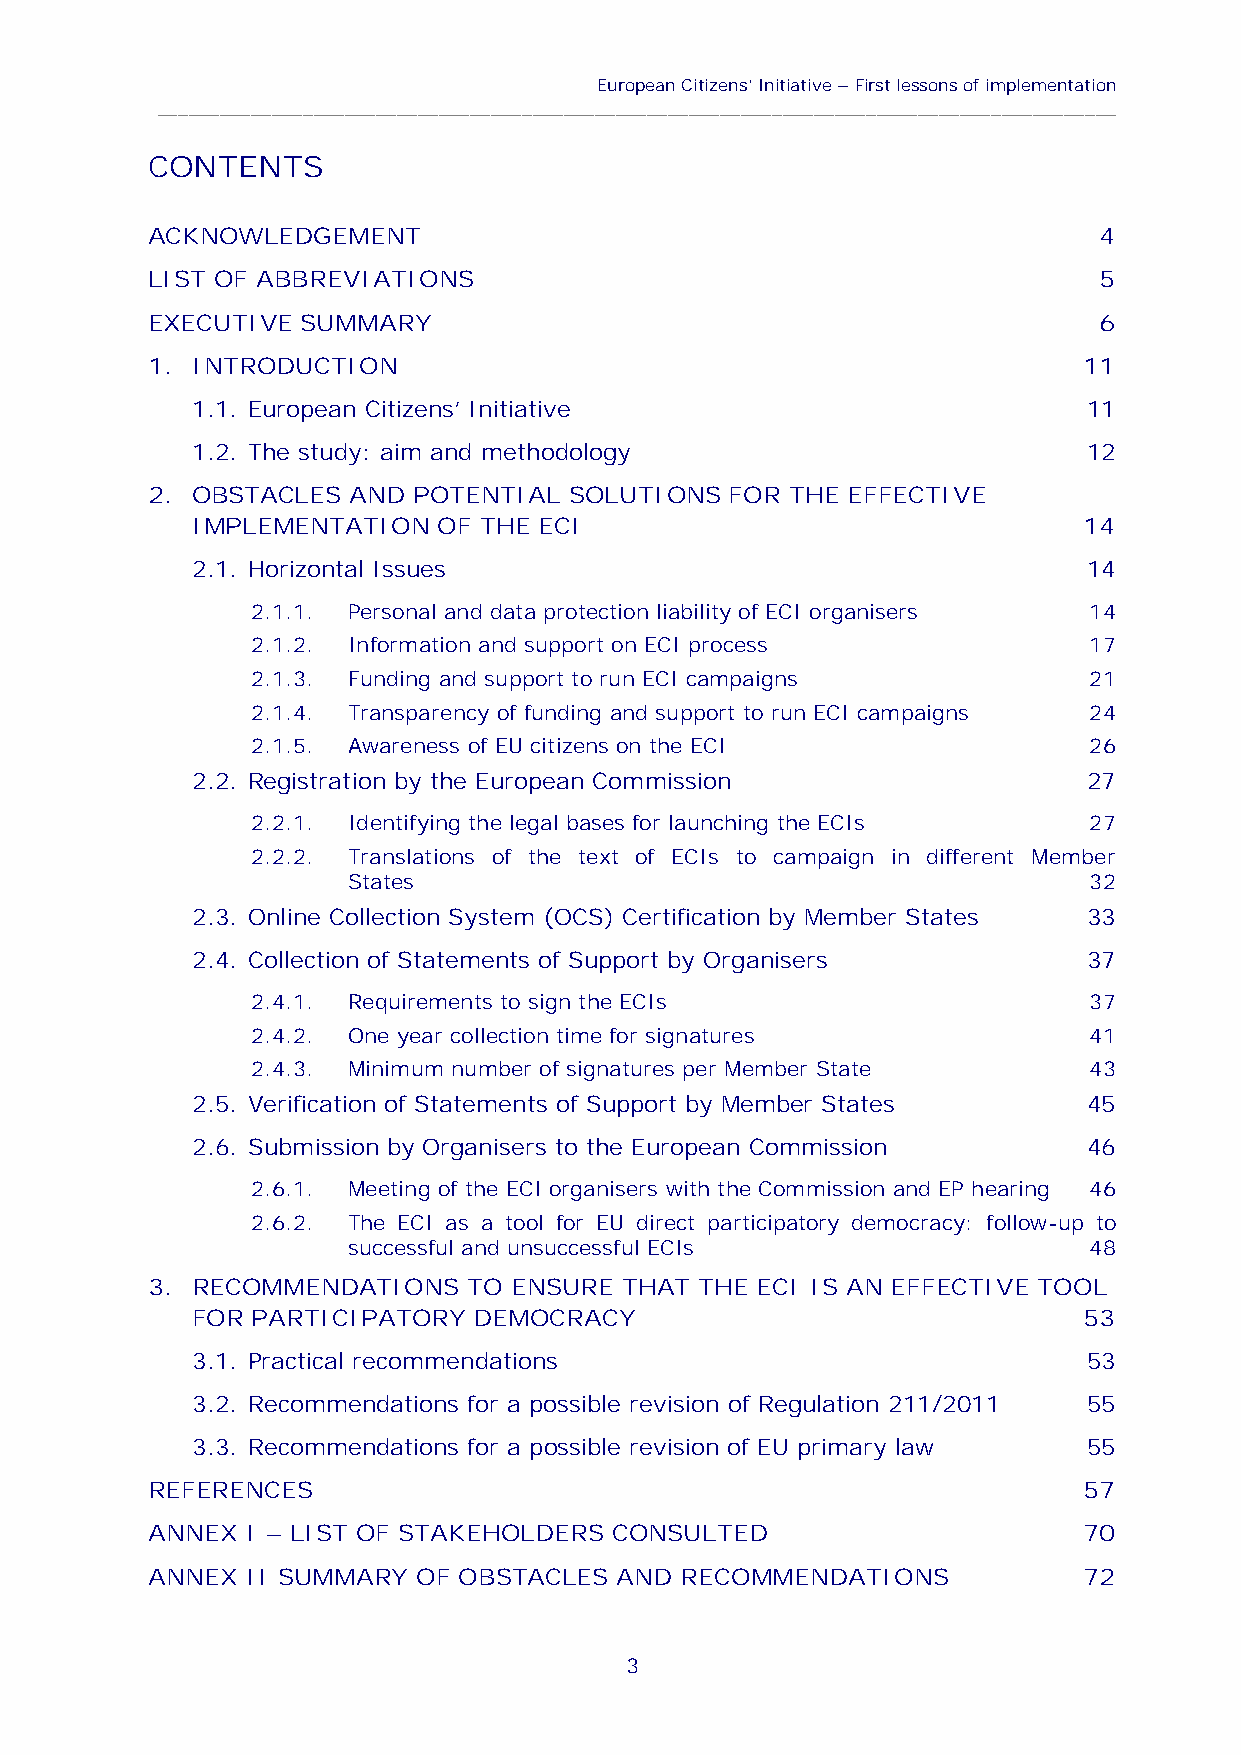
European Citizens’Initiative–First lessons of implementation
 ____________________________________________________________________________________________
 CONTENTS
 ACKNOWLEDGEMENT                                                4
 LIST OF ABBREVIATIONS                                          5
 EXECUTIVE SUMMARY                                              6
 1. INTRODUCTION                                               11
 1.1. European Citizens’ Initiative                         11
 1.2. The study: aim and methodology                        12
 2. OBSTACLES AND POTENTIAL  SOLUTIONS FOR THE EFFECTIVE
 IMPLEMENTATION  OF THE ECI                                 14
 2.1. Horizontal Issues                                     14
 2.1.1. Personal and data protection liability of ECI organisers 14
 2.1.2. Information and support on ECI process          17
 2.1.3. Funding and support to run ECI campaigns        21
 2.1.4. Transparency of funding and support to run ECI campaigns 24
 2.1.5. Awareness of EU citizens on the ECI             26
 2.2. Registration by the European Commission               27
 2.2.1. Identifying the legal bases for launching the ECIs 27
 2.2.2. Translations of the text of ECIs to campaign in different Member
 States                                           32
 2.3. Online Collection System (OCS) Certification by Member States 33
 2.4. Collection of Statements of Support by Organisers     37
 2.4.1. Requirements to sign the ECIs                   37
 2.4.2. One year collection time for signatures         41
 2.4.3. Minimum number of signatures per Member State   43
 2.5. Verification of Statements of Support by Member States 45
 2.6. Submission by Organisers to the European Commission   46
 2.6.1. Meeting of the ECI organisers with the Commission and EP hearing 46
 2.6.2. The ECI as a tool for EU direct participatory democracy: follow-up to
 successful and unsuccessful ECIs                 48
 3. RECOMMENDATIONS   TO ENSURE THAT THE ECI IS AN EFFECTIVE TOOL
 FOR PARTICIPATORY DEMOCRACY                                53
 3.1. Practical recommendations                             53
 3.2. Recommendations for a possible revision of Regulation 211/2011 55
 3.3. Recommendations for a possible revision of EU primary law 55
 REFERENCES                                                    57
 ANNEX I – LIST OF STAKEHOLDERS CONSULTED                      70
 ANNEX II SUMMARY  OF OBSTACLES AND RECOMMENDATIONS            72
 3